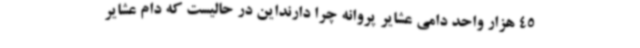
45 هزار واحد دامی عشایر پروانه چرا دارنداین در حالیست که دام عشایر